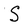
Character: S